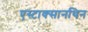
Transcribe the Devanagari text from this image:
एस्टाक्सानथिन